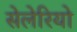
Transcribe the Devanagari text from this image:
सेलेरियो